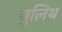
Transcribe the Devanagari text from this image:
बुलिथ